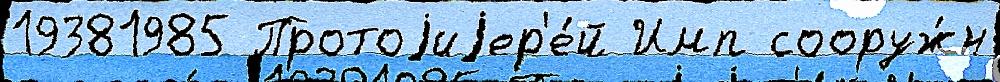
19381985 Протоjиjер'е́й Имп сооруж́н